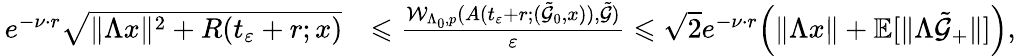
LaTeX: \begin{array}{rl}{\, e^{-\nu\cdot r}\sqrt{\| \Lambda x\| ^{2}+R(t_{\varepsilon}+r;x)}}&{\leqslant\frac{\mathcal{W}_{\Lambda_{0},p}(A(t_{\varepsilon}+r;(\tilde{\mathcal{G}}_{0},x)),\tilde{\mathcal{G}})}{\varepsilon}\leqslant{\sqrt{2}}e^{-\nu\cdot r}\Big(\| \Lambda x\| +\mathbb{E}[\| \Lambda\tilde{\mathcal{G}}_{+}\| ]\Big),}\end{array}